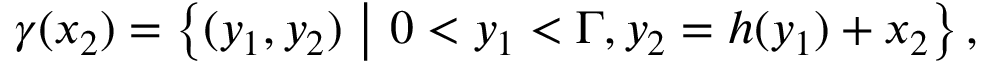
\gamma ( x _ { 2 } ) = \left\lbrace ( y _ { 1 } , y _ { 2 } ) \ \middle | \ 0 < y _ { 1 } < \Gamma , y _ { 2 } = h ( y _ { 1 } ) + x _ { 2 } \right\rbrace ,